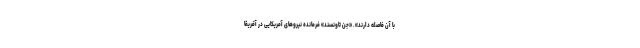
با آن فاصله دارند». «جن تاونسند» فرمانده نیروهای آمریکایی در آفریقا